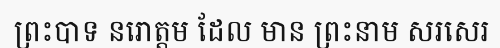
ព្រះបាទ នរោត្តម ដែល មាន ព្រះនាម សរសេរ